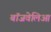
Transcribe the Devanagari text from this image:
बॉजवेलिआ